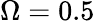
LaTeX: \Omega=0.5